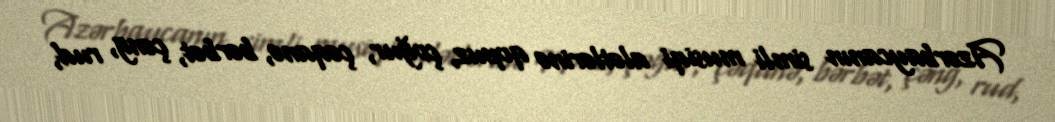
Azərbaycanın simli musiqi alətlərinə qopuz, çoğur, çəqanə, bərbət, çəng, rud,